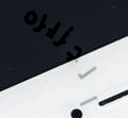
الجزيره